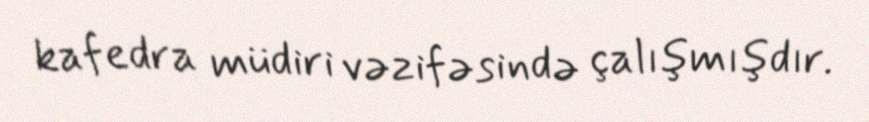
kafedra müdiri vəzifəsində çalışmışdır.